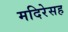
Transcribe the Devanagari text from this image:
मदिरेसह